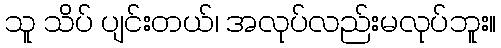
သူ သိပ် ပျင်းတယ်၊ အလုပ်လည်းမလုပ်ဘူး။